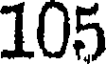
105